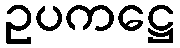
ဥပကဋ္ဌေ